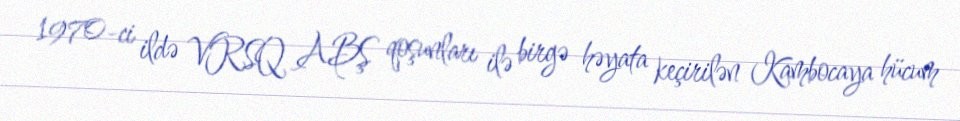
1970-ci ildə VRSQ ABŞ qoşunları ilə birgə həyata keçirilən Kambocaya hücum